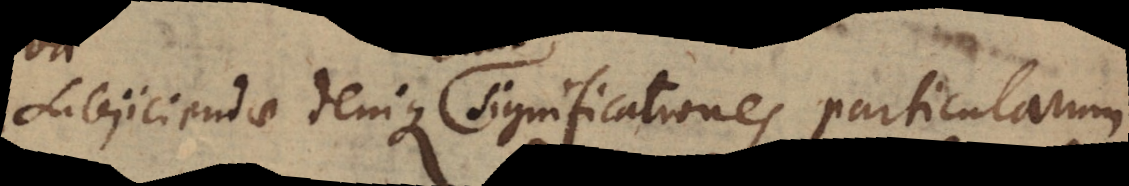
Subjiciendae denique significationes particularum